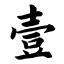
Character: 壹